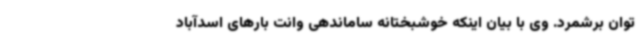
توان برشمرد. وی با بیان اینکه خوشبختانه ساماندهی وانت بارهای اسدآباد